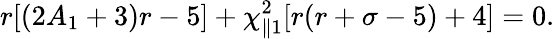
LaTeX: r[(2A_{1}+3)r-5]+\chi_{\parallel 1}^{2}[r(r+\sigma-5)+4]=0.